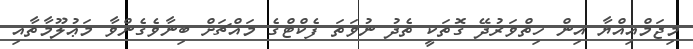
މިޖަމްއިއްޔާ އިން ހިތްވަރުދޭ ގޮތަކީ ތެދު ނުވަތަ ފެކްޓްގެ މައްޗަށް ބިނާވެގެންވާ މަޢުލޫމާތާއި